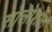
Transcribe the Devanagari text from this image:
सोलोशोट